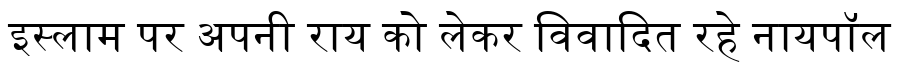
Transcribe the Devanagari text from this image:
इस्लाम पर अपनी राय को लेकर विवादित रहे नायपॉल